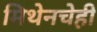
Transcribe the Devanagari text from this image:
मिथेनचेही